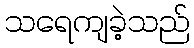
သရေကျခဲ့သည်